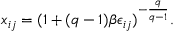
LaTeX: x _ { i j } = ( 1 + ( q - 1 ) \beta \epsilon _ { i j } ) ^ { - \frac { q } { q - 1 } } .